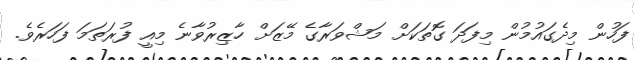
ފަހުން މިދެގައުމުން މިފަދަ ގޮތަކަށް މަޝްވަރާގެ މޭޒަށް ހާޒިރުވާނެ މިއީ ފުރަތަމަ ފަހަރެވެ.